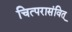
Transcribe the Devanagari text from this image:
चित्परासंवित्